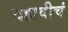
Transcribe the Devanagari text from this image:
दहावीचं